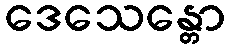
ဒေသေန္တော